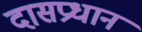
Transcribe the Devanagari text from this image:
दासप्रधान